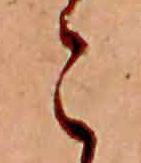
こ